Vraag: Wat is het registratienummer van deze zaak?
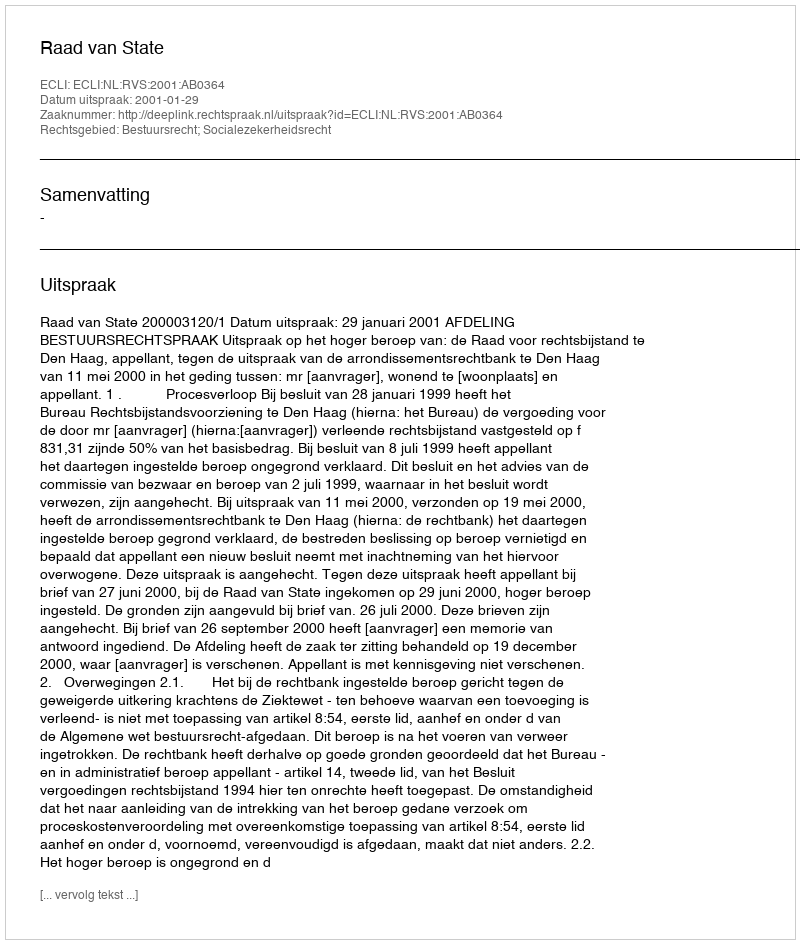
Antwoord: http://deeplink.rechtspraak.nl/uitspraak?id=ECLI:NL:RVS:2001:AB0364